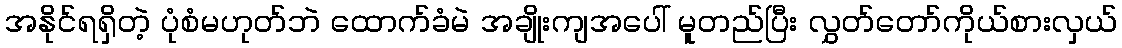
အနိုင်ရရှိတဲ့ ပုံစံမဟုတ်ဘဲ ထောက်ခံမဲ အချိုးကျအပေါ် မူတည်ပြီး လွှတ်တော်ကိုယ်စားလှယ်